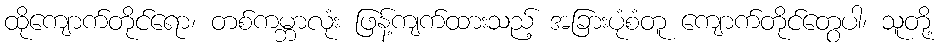
ထိုကျောက်တိုင်ရော၊ တစ်ကမ္ဘာလုံး ဖြန့်ကျက်ထားသည့် အခြားပုံစံတူ ကျောက်တိုင်တွေပါ၊ သူတို့